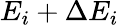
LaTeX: E_{i}+\Delta E_{i}